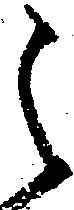
之